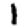
Digit: 1